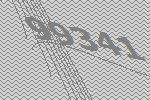
99341